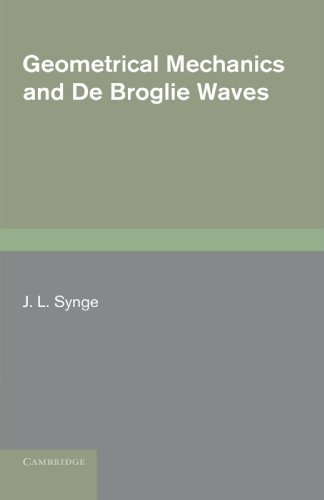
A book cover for Geometrical Mechanics and De Broglie Waves (Cambridge Monographs on Mechanics and Applied Mathematics); J. L. Synge; Engineering & Transportation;